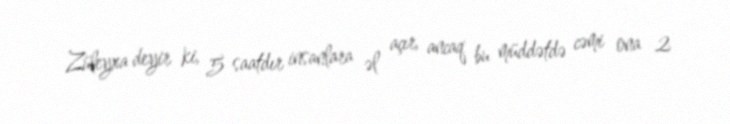
Züleyxa deyir ki, 5 saatdır insanlara əl açır, ancaq bu müddətdə cəmi ona 2